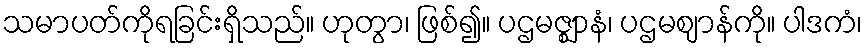
သမာပတ်ကိုရခြင်းရှိသည်။ ဟုတွာ၊ ဖြစ်၍။ ပဌမဇ္ဈာနံ၊ ပဌမဈာန်ကို။ ပါဒကံ၊